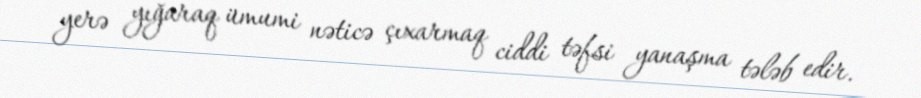
yerə yığaraq ümumi nəticə çıxarmaq ciddi təfsi yanaşma tələb edir.